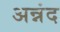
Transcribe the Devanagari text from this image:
अन्नंद